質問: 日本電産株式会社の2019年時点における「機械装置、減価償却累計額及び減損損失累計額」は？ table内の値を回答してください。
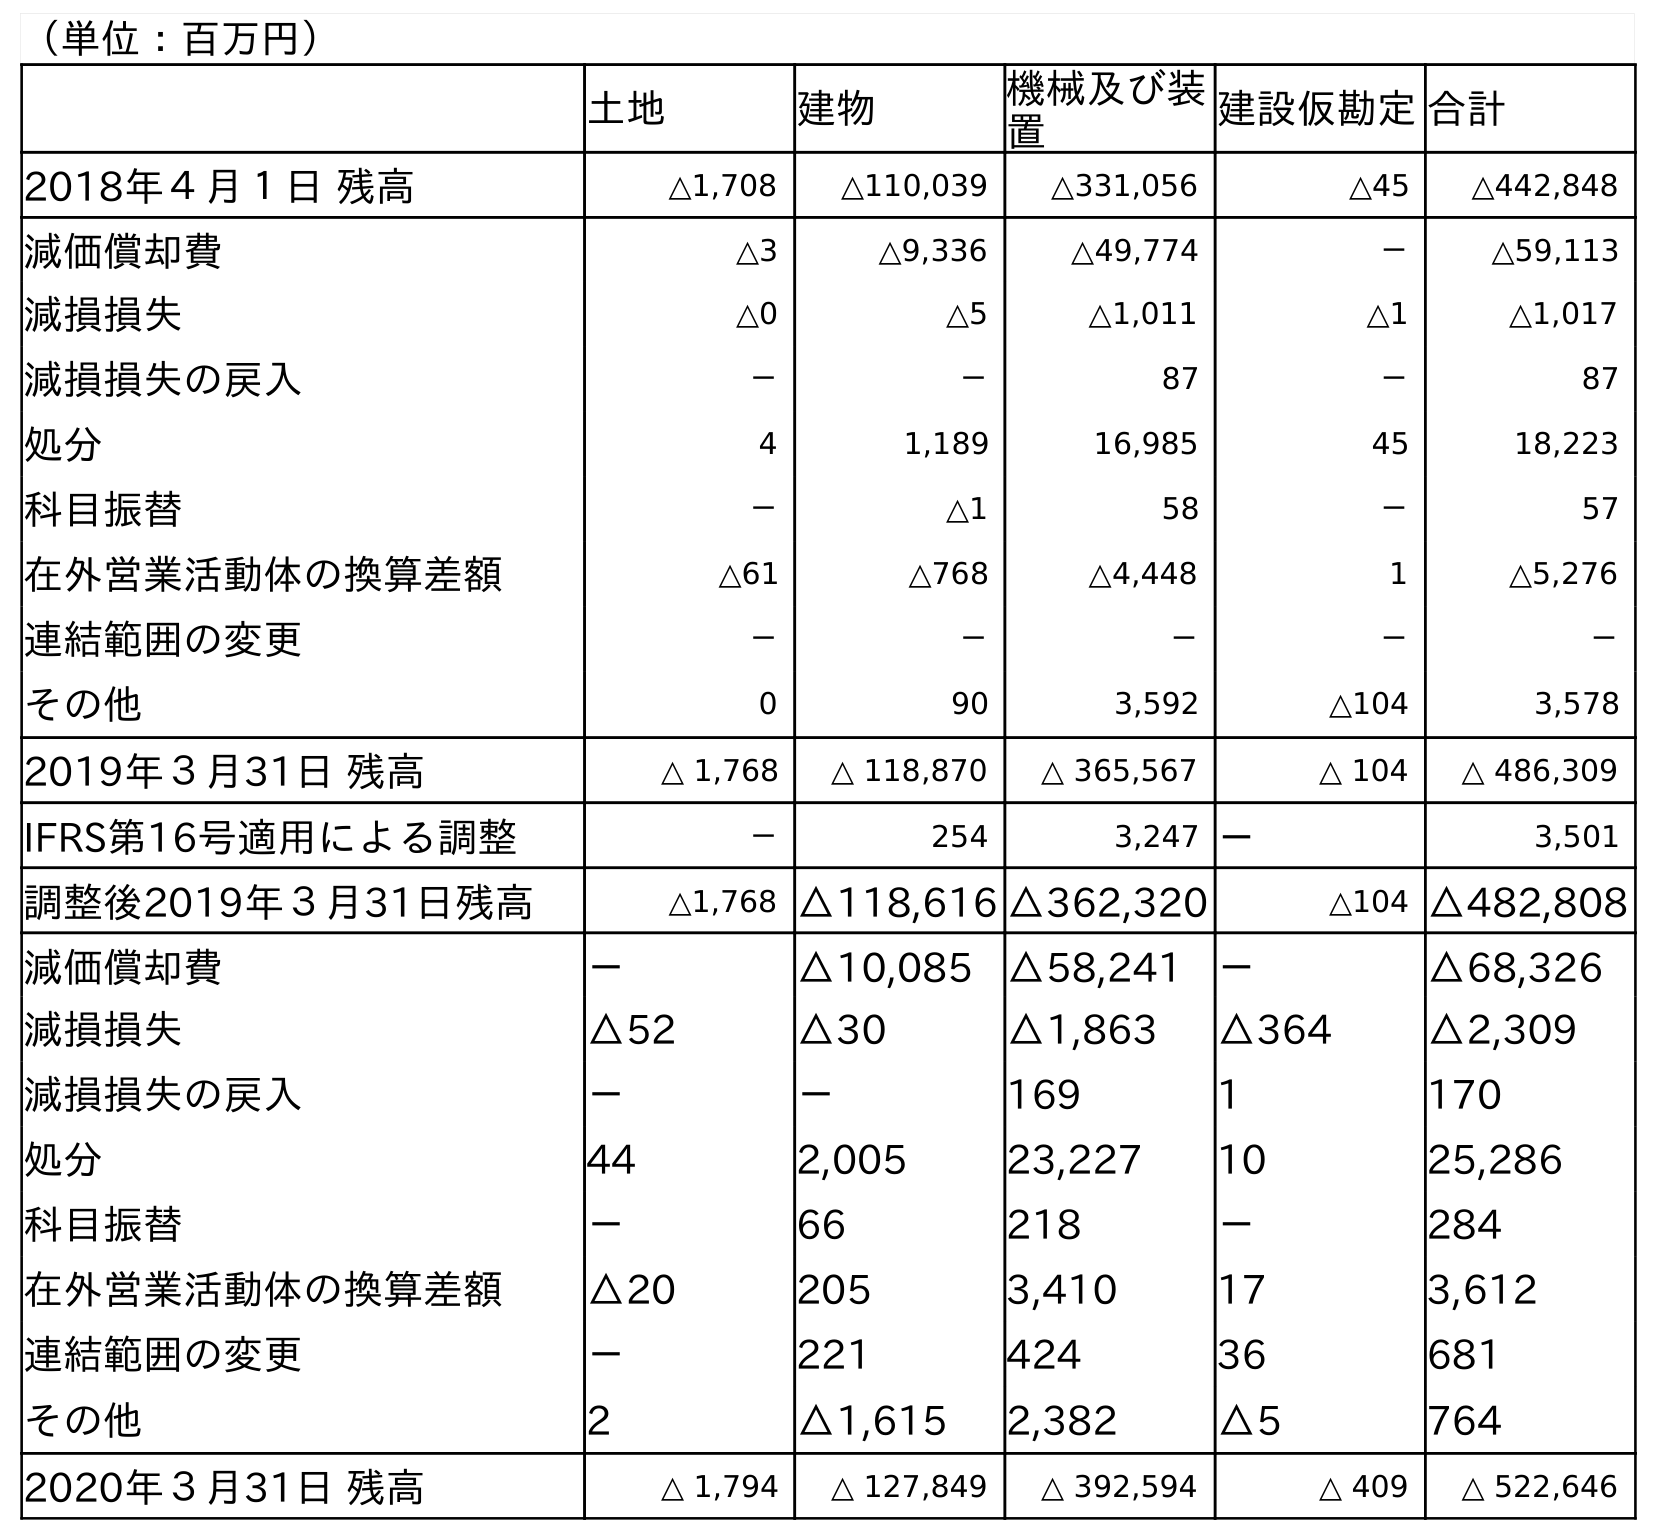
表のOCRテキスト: （単位：百万円） 土地 建物 機械及び装 置 建設仮勘定合計 2018年４月１日 残高 △1,708 △110,039 △331,056 △45 △442,848 減価償却費 △3 △9,336 △49,774 － △59,113 減損損失 △0 △5 △1,011 △1 △1,017 減損損失の戻入 － － 87 － 87 処分 4 1,189 16,985 45 18,223 科目振替 － △1 58 － 57 在外営業活動体の換算差額 △61 △768 △4,448 1 △5,276 連結範囲の変更 － － － － － その他 0 90 3,592 △104 3,578 2019年３月31日 残高 △ 1,768 △ 118,870 △ 365,567 △ 104 △ 486,309 IFRS第16号適用による調整 － 254 3,247 － 3,501 調整後2019年３月31日残高 △1,768 △118,616 △362,320 △104 △482,808 減価償却費 － △10,085 △58,241 － △68,326 減損損失 △52 △30 △1,863 △364 △2,309 減損損失の戻入 － － 169 1 170 処分 44 2,005 23,227 10 25,286 科目振替 － 66 218 － 284 在外営業活動体の換算差額 △20 205 3,410 17 3,612 連結範囲の変更 － 221 424 36 681 その他 2 △1,615 2,382 △5 764 2020年３月31日 残高 △ 1,794 △ 127,849 △ 392,594 △ 409 △ 522,646
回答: △365,567